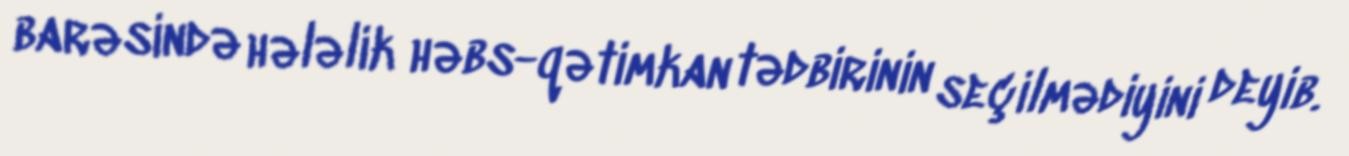
barəsində hələlik həbs-qətimkan tədbirinin seçilmədiyini deyib.